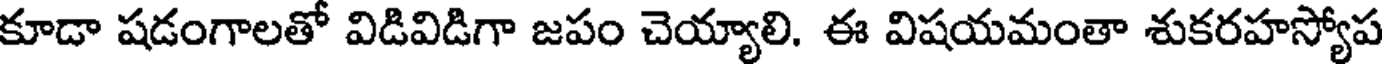
కూడా షడంగాలతో విడివిడిగా జపం చెయ్యాలి. ఈ విషయమంతా శుకరహస్యోప